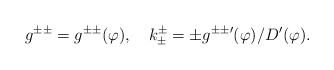
\begin{align*}g^{\pm\pm}=g^{\pm\pm}(\varphi),\quad k_\pm^\pm=\pm g^{\pm\pm}{}'(\varphi)/D'(\varphi).\end{align*}